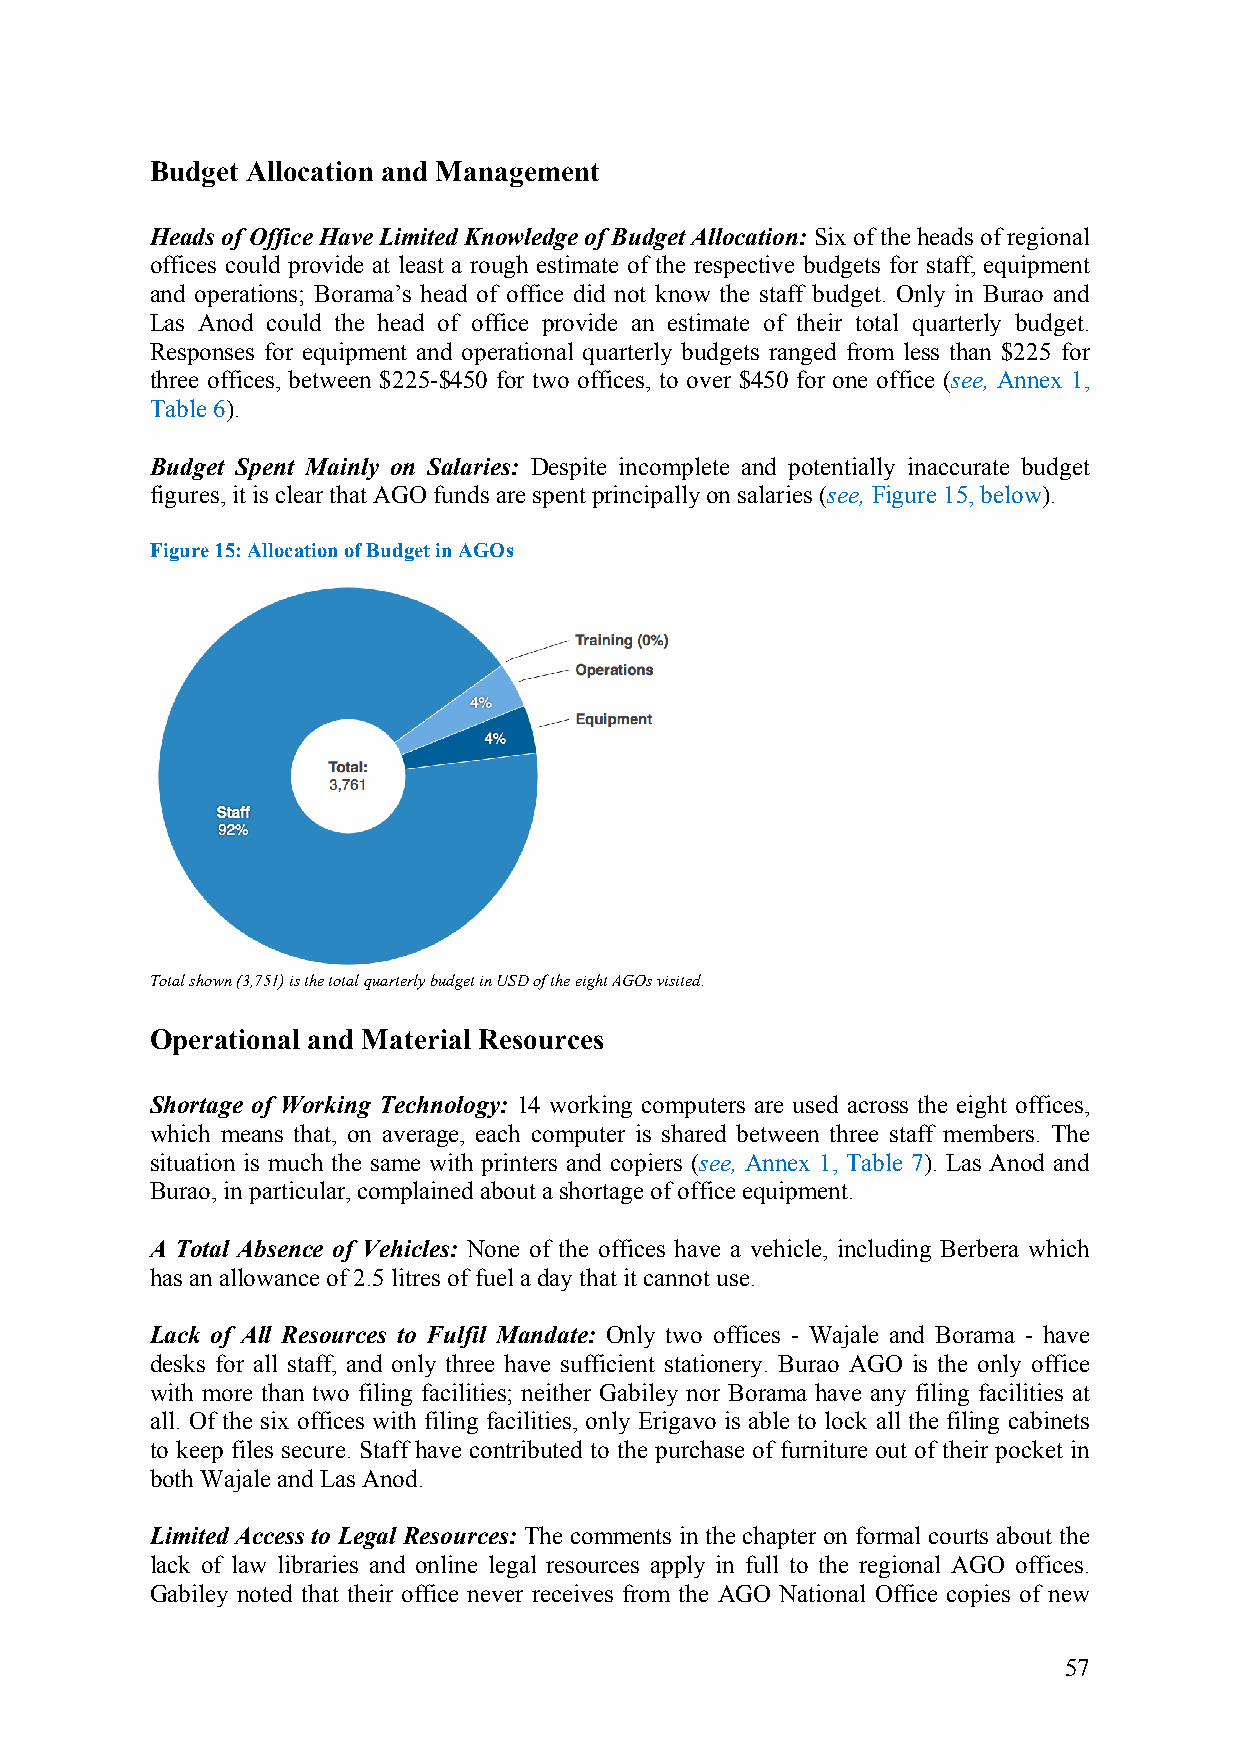
Budget Allocation and Management
 Heads of Office Have Limited Knowledge of Budget Allocation: Six of the heads of regional
 offices could provide at least a rough estimate of the respective budgets for staff, equipment
 and operations; Borama’s head of office did not know the staff budget. Only in Burao and
 Las Anod could the head of office provide an estimate of their total quarterly budget.
 Responses for equipment and operational quarterly budgets ranged from less than $225 for
 three offices, between $225-$450 for two offices, to over $450 for one office (see, Annex 1,
 Table 6).
 Budget Spent Mainly on Salaries: Despite incomplete and potentially inaccurate budget
 figures, it is clear that AGO funds are spent principally on salaries (see, Figure 15, below).
 Figure 15: Allocation of Budget in AGOs
 Total shown (3,751) is the total quarterly budget in USD of the eight AGOs visited.
 Operational and Material Resources
 Shortage of Working Technology: 14 working computers are used across the eight offices,
 which means that, on average, each computer is shared between three staff members. The
 situation is much the same with printers and copiers (see, Annex 1, Table 7). Las Anod and
 Burao, in particular, complained about a shortage of office equipment.
 A Total Absence of Vehicles: None of the offices have a vehicle, including Berbera which
 has an allowance of 2.5 litres of fuel a day that it cannot use.
 Lack of All Resources to Fulfil Mandate: Only two offices - Wajale and Borama - have
 desks for all staff, and only three have sufficient stationery. Burao AGO is the only office
 with more than two filing facilities; neither Gabiley nor Borama have any filing facilities at
 all. Of the six offices with filing facilities, only Erigavo is able to lock all the filing cabinets
 to keep files secure. Staff have contributed to the purchase of furniture out of their pocket in
 both Wajale and Las Anod.
 Limited Access to Legal Resources: The comments in the chapter on formal courts about the
 lack of law libraries and online legal resources apply in full to the regional AGO offices.
 Gabiley noted that their office never receives from the AGO National Office copies of new
 57